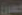
معين